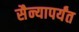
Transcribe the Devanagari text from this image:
सैन्यापर्यंत